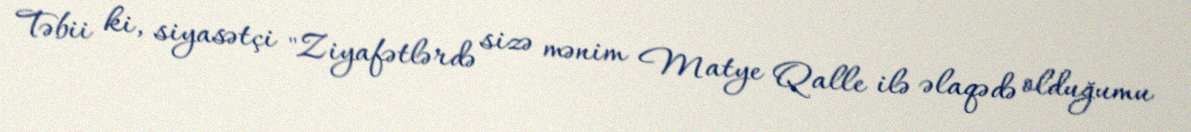
Təbii ki, siyasətçi "Ziyafətlərdə sizə mənim Matye Qalle ilə əlaqədə olduğumu